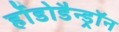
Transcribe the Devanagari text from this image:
र्होडोडैन्ड्रॉन